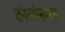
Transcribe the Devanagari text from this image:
कोलोनगंज